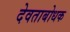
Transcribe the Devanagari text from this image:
देवताबोधक